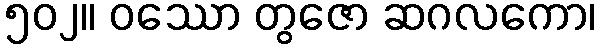
၅၀၂။ ဝဿော တွဇော ဆဂလကော၊